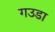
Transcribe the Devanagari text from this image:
गउडा